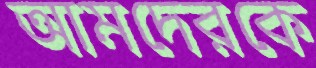
আমদেরকে